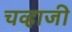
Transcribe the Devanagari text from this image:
चव्हाजी